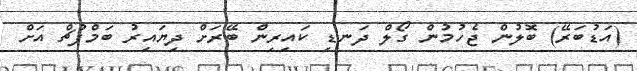
(އަޑުބަރޭ) ބޮލުން ޖެހުމުން ގޯލް ދަނޑި ކައިރިން ބޭރަށް ދިޔައިރު ބަމްޕުޗް އަށް